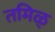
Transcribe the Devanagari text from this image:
तमिळ्